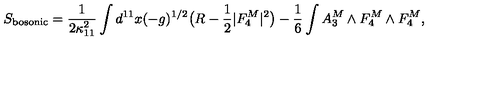
S _ { \mathrm { b o s o n i c } } = \frac { 1 } { 2 \kappa _ { 1 1 } ^ { 2 } } \int d ^ { 1 1 } x ( - g ) ^ { 1 / 2 } \bigl ( R - \frac { 1 } { 2 } | F _ { 4 } ^ { M } | ^ { 2 } \bigr ) - \frac { 1 } { 6 } \int A _ { 3 } ^ { M } \wedge F _ { 4 } ^ { M } \wedge F _ { 4 } ^ { M } ,